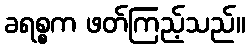
ခရစ္စက ဖတ်ကြည့်သည်။